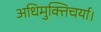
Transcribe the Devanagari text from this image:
अधिमुक्तिचर्या।